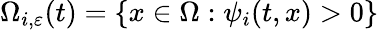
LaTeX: \Omega_{i,\varepsilon}(t)=\{ {x}\in\Omega:\psi_{i}(t,{x})>0\}